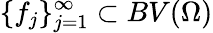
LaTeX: \{ f_{j}\} _{j=1}^{\infty}\subset BV(\Omega)